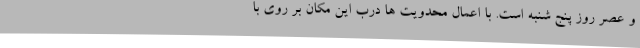
و عصر روز پنج شنبه است. با اعمال محدویت ها درب این مکان بر روی با